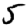
Digit: 5